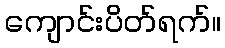
ကျောင်းပိတ်ရက်။